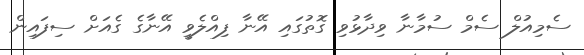
ސެމިއުލް ސެމް ސުމާނާ ވިދާޅުވި ގޮތުގައި އޭނާ ފިއްލެވީ އޭނާގެ ގެއަށް ސިފައިން